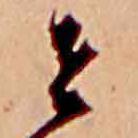
せ